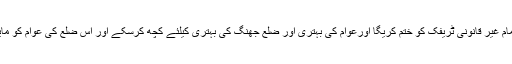
شہر سے ناجائز تجازوات کا خاتمہ کرے گا،شہید روڈ سے تمام غیر قانونی ٹریفک کو ختم کریگا اورعوام کی بہتری اور ضلع جھنگ کی بہتری کیلئے کچھ کرسکے اور اس ضلع کی عوام کو مایوسی کی دلدل سے نکال کر ترقی کی راہ پر گامزن کرسکے۔